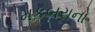
મકબરાનો